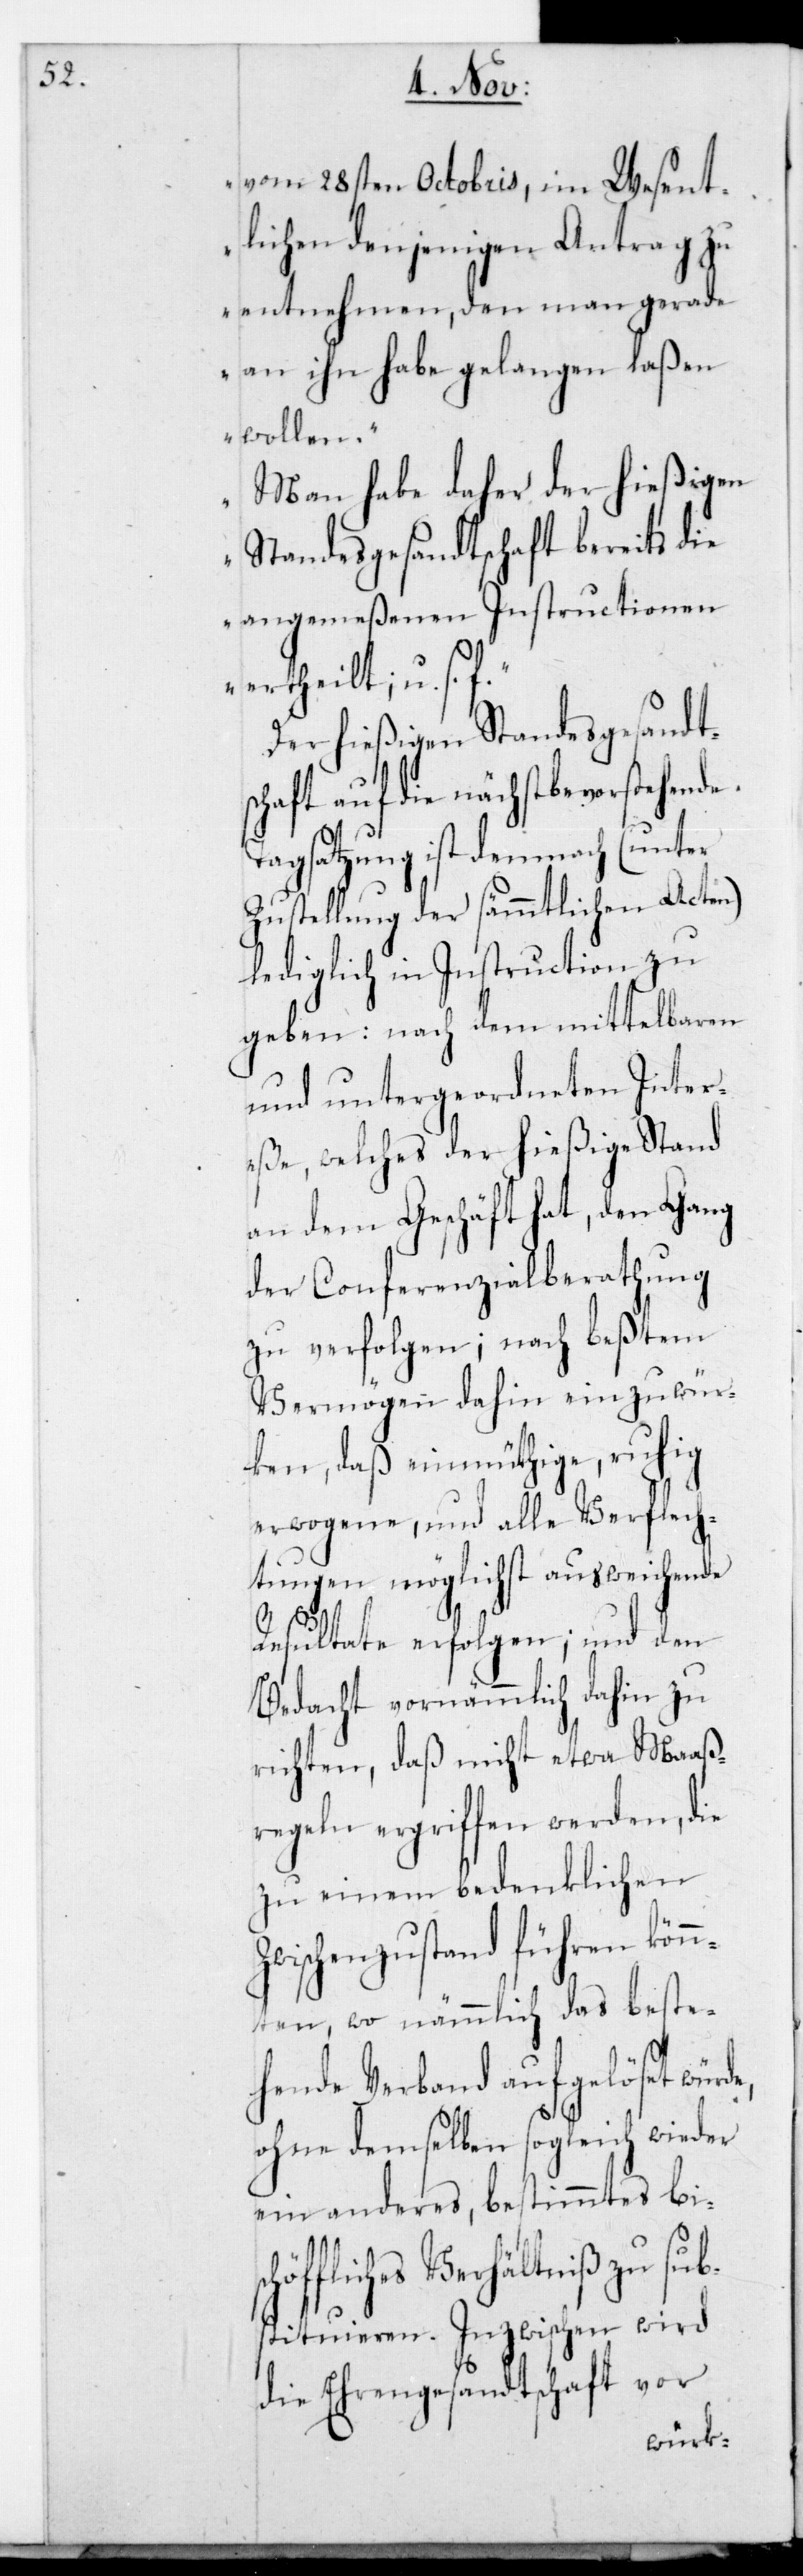
vom 28sten Octobris, im Wesent¬
lichen denjenigen Antrag zu
entnehmen, den man gerade
an ihn habe gelangen laßen
wollen.
Man habe daher der hießigen
sch¬
Standesgesandtschaft bereits die
angemeßenen Instructionen
ertheilt; u. s. f.“
Der hießigen Standesgesandt¬
schaft auf die nächstbevorstehende
Tagsatzung ist demnach (unter
Zustellung der sämmtlichen Acten)
lediglich in Instruction zu
geben: Nach dem mittelbaren
und untergeordneten Inter¬
eße, welches der hießige Stand
an dem Geschäft hat, den Gang
der Conferenzialberathung
zu verfolgen; nach beßtem
Vermögen dahin einzuwür¬
ken, daß einmüthige, ruhig
erwogene und alle Verflech¬
tungen möglichst ausweichende
Resultate erfolgen; und den
Bedacht vornämmlich dahin zu
richten, daß nicht etwa Maaß¬
regeln ergriffen werden, die
zu einem bedenklichen
Zwischenzustand führen kön¬
nten, wo nämmlich das beste¬
hende Verband aufgelöset würd¬
ohne demselben sogleich wieder
ein anderes, bestimmtes bi¬
öffliches Verhältniß zu sub¬
stituieren. Inzwischen wird
die Ehrgesandtschaft vor